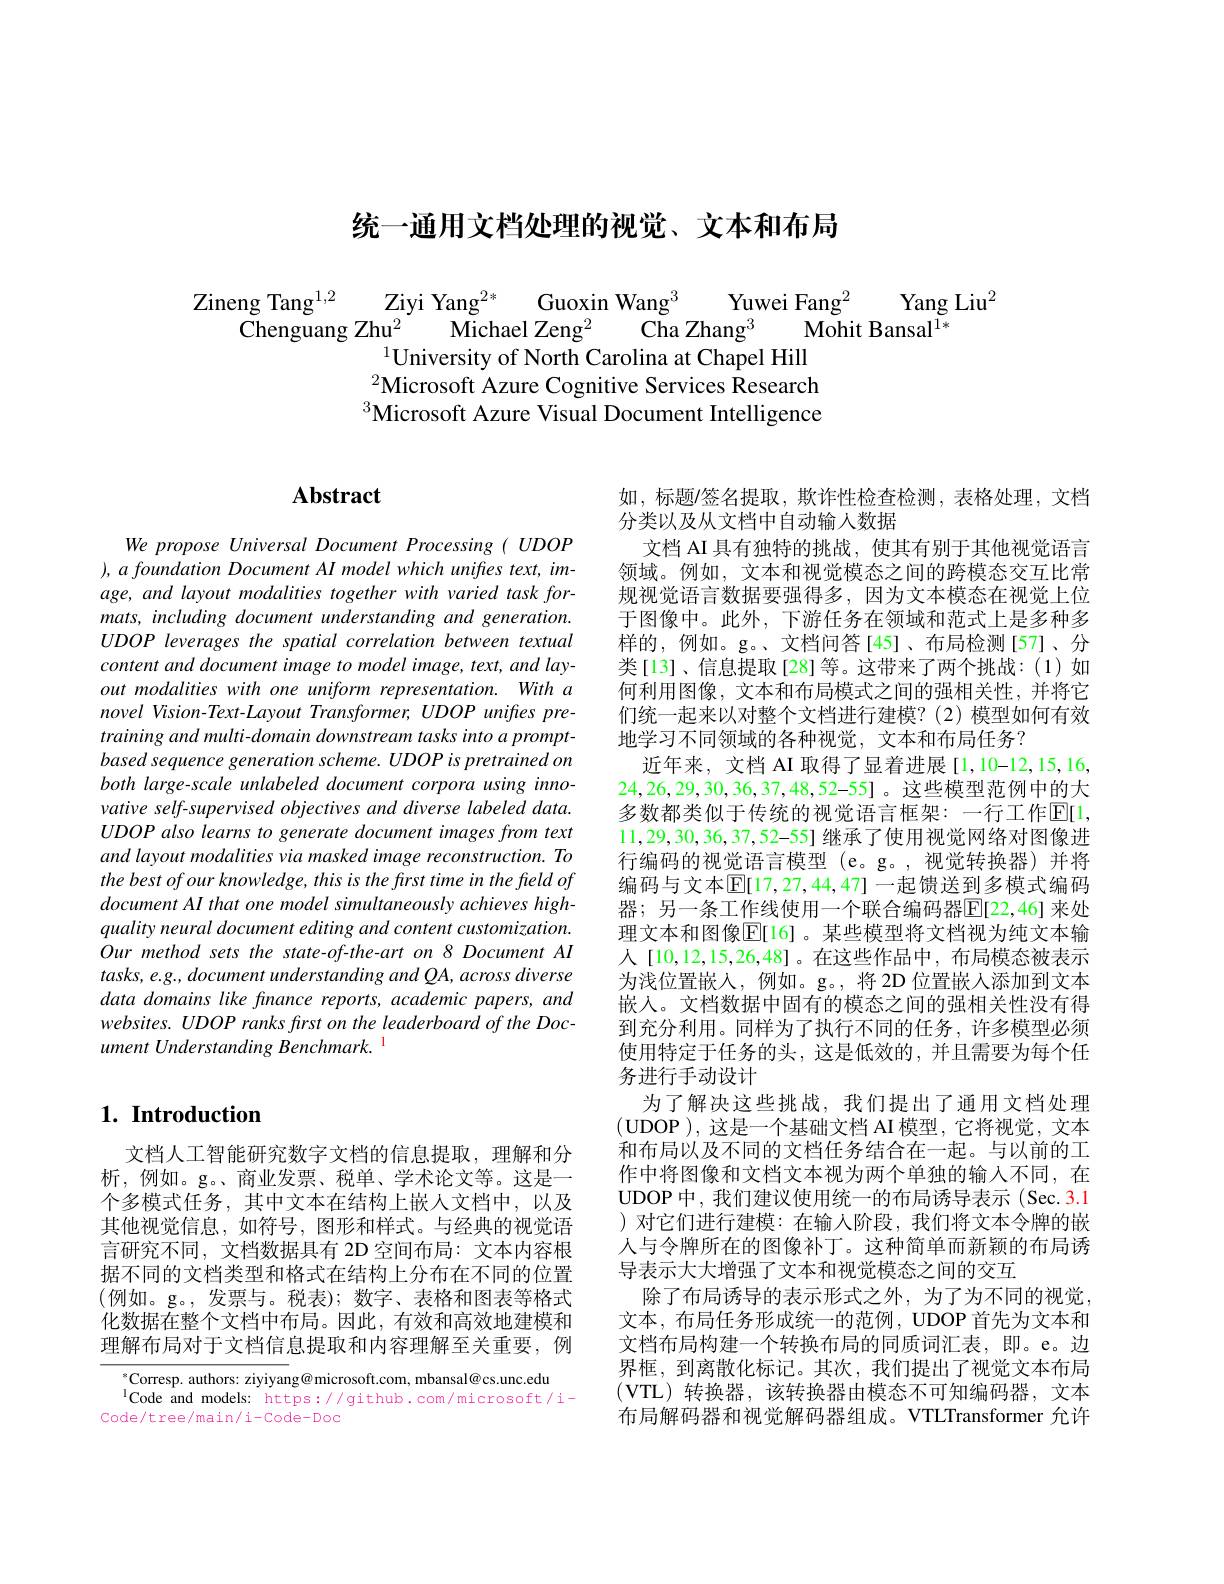
统一通用文档处理的视觉、文本和布局

$\begin{array}{c}\text{Zineng Tang}^{1,2}&\text{Ziyi Yang}^{2*}&\text{Guoxin Wang}^{3}&\text{Yuwei Fang}^{2}&\text{Yang Liu}^{2}\\\text{Chenguang Zhu}^{2}&\text{Michael Zeng}^{2}&\text{Cha Zhang}^{3}&\text{Mohit Bansal}^{1*}\end{array}$
$^{1}$University of North Carolina at Chapel Hill $^{2}$Microsoft Azure Cognitive Services Research $^{3}$Microsoft Azure Visual Document Intelligence

## $\mathbf{Abstract}$

We propose Universal Document Processing ( UDOP $) , a\textit{ foundation Document AI model which unifres text, im- }$ age, and layout modalities together with varied task formats, including document understanding and generation. UDOP leverages the spatial correlation between textual content and document image to model image, text, and layout modalities with one uniform representation. With a novel Vision-Text-Layout Transformer, UDOP unifies pretraining and multi-domain downstream tasks into a promptbased sequence generation scheme. UDOP is pretrained on both large-scale unlabeled document corpora using innovative self-supervised objectives and diverse labeled data. UDOP also learns to generate document images from text and layout modalities via masked image reconstruction. To the best of our knowledge, this is the first time in the field of $document\textit{AI that one model simultaneously achieves high- }$ quality neural document editing and content customization. Our method sets the state-of-the-art on 8 Document AI tasks, e.g. document understanding and QA, across diverse data domains like finance reports, academic papers, and $websites.UDOP$ ranks frst on the leaderboard of the Document Understanding Benchmark.

## $1. \textbf{ Introduction}$

文档人工智能研究数字文档的信息提取，理解和分析，例如。g。、商业发票、税单、学术论文等。这是一个多模式任务，其中文本在结构上嵌人文档中，以及其他视觉信息，如符号，图形和样式。与经典的视觉语言研究不同，文档数据具有 2D 空间布局：文本内容根据不同的文档类型和格式在结构上分布在不同的位置(例如。g。,发票与。税表);数字、表格和图表等格式化数据在整个文档中布局。因此，有效和高效地建模和理解布局对于文档信息提取和内容理解至关重要，例

$^{*}$Corresp. authors: ziyiyang@ microsoft.com, mbansal@cs.unc.edu
$^{\mathrm{l}}$Code and models: https://github.com/microsoft/i-
Code/tree/main/i-code-Dod

如，标题/签名提取，欺诈性检查检测，表格处理，文档
分类以及从文档中自动输入数据
文档 AI 具有独特的挑战，使其有别于其他视觉语言领域。例如，文本和视觉模态之间的跨模态交互比常规视觉语言数据要强得多，因为文本模态在视觉上位于图像中。此外，下游任务在领域和范式上是多种多样的，例如。g。、文档问答[45]、布局检测[57]、分类[13]、信息提取[28]等。这带来了两个挑战：(1)如何利用图像，文本和布局模式之间的强相关性，并将它们统一起来以对整个文档进行建模？(2)模型如何有效地学习不同领域的各种视觉，文本和布局任务？
近年来，文档 AI 取得了显着进展 [1,10-12,15,16, 24,26,29,30,36,37,48,52-55]。这些模型范例中的大多数都类似于传统的视觉语言框架：一行工作[E[1, 11,29,30,36,37,52-55]继承了使用视觉网络对图像进行编码的视觉语言模型 (e。g。,视觉转换器)并将编码与文本$\overline{\mathbb{E}}[17,27,44,47]$ 一起馈送到多模式编码器；另一条工作线使用一个联合编码器$\overline{\mathbb{E}}[22,46]$ 来处理文本和图像$\mathbb{E}[16]$。某些模型将文档视为纯文本输人[10,12,15,26,48]。在这些作品中，布局模态被表示为浅位置嵌人，例如。g。,将 2D 位置嵌人添加到文本嵌入。文档数据中固有的模态之间的强相关性没有得到充分利用。同样为了执行不同的任务，许多模型必须使用特定于任务的头，这是低效的，并且需要为每个任务进行手动设计
为了解决这些挑战，我们提出了通用文档处理(UDOP ), 这是一个基础文档 AI 模型，它将视觉，文本和布局以及不同的文档任务结合在一起。与以前的工作中将图像和文档文本视为两个单独的输入不同，在UDOP 中，我们建议使用统一的布局诱导表示 (Sec.3.1 )对它们进行建模：在输入阶段，我们将文本令牌的嵌人与令牌所在的图像补丁。这种简单而新颖的布局诱导表示大大增强了文本和视觉模态之间的交互
除了布局诱导的表示形式之外，为了为不同的视觉， 文本，布局任务形成统一的范例，UDOP 首先为文本和文档布局构建一个转换布局的同质词汇表，即。e。边界框，到离散化标记。其次，我们提出了视觉文本布局(VTL)转换器，该转换器由模态不可知编码器，文本布局解码器和视觉解码器组成。VTLTransformer 允许